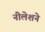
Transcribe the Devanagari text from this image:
नीलेशने